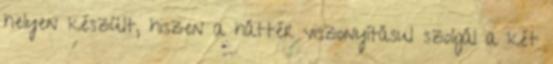
helyen készült, hiszen a háttér viszonyításul szolgál a két